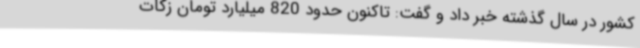
کشور در سال گذشته خبر داد و گفت: تاکنون حدود 820 میلیارد تومان زکات